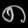
Digit: ၈